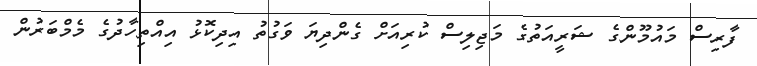
ފާރިސް މައުމޫންގެ ޝަރީއަތުގެ މަޖިލިސް ކުރިއަށް ގެންދިޔަ ވަގުތު އިދިކޮޅު އިއްތިހާދުގެ މެމްބަރުން